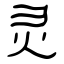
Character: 灵